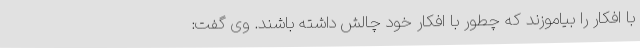
با افکار را بیاموزند که چطور با افکار خود چالش داشته باشند. وی گفت: